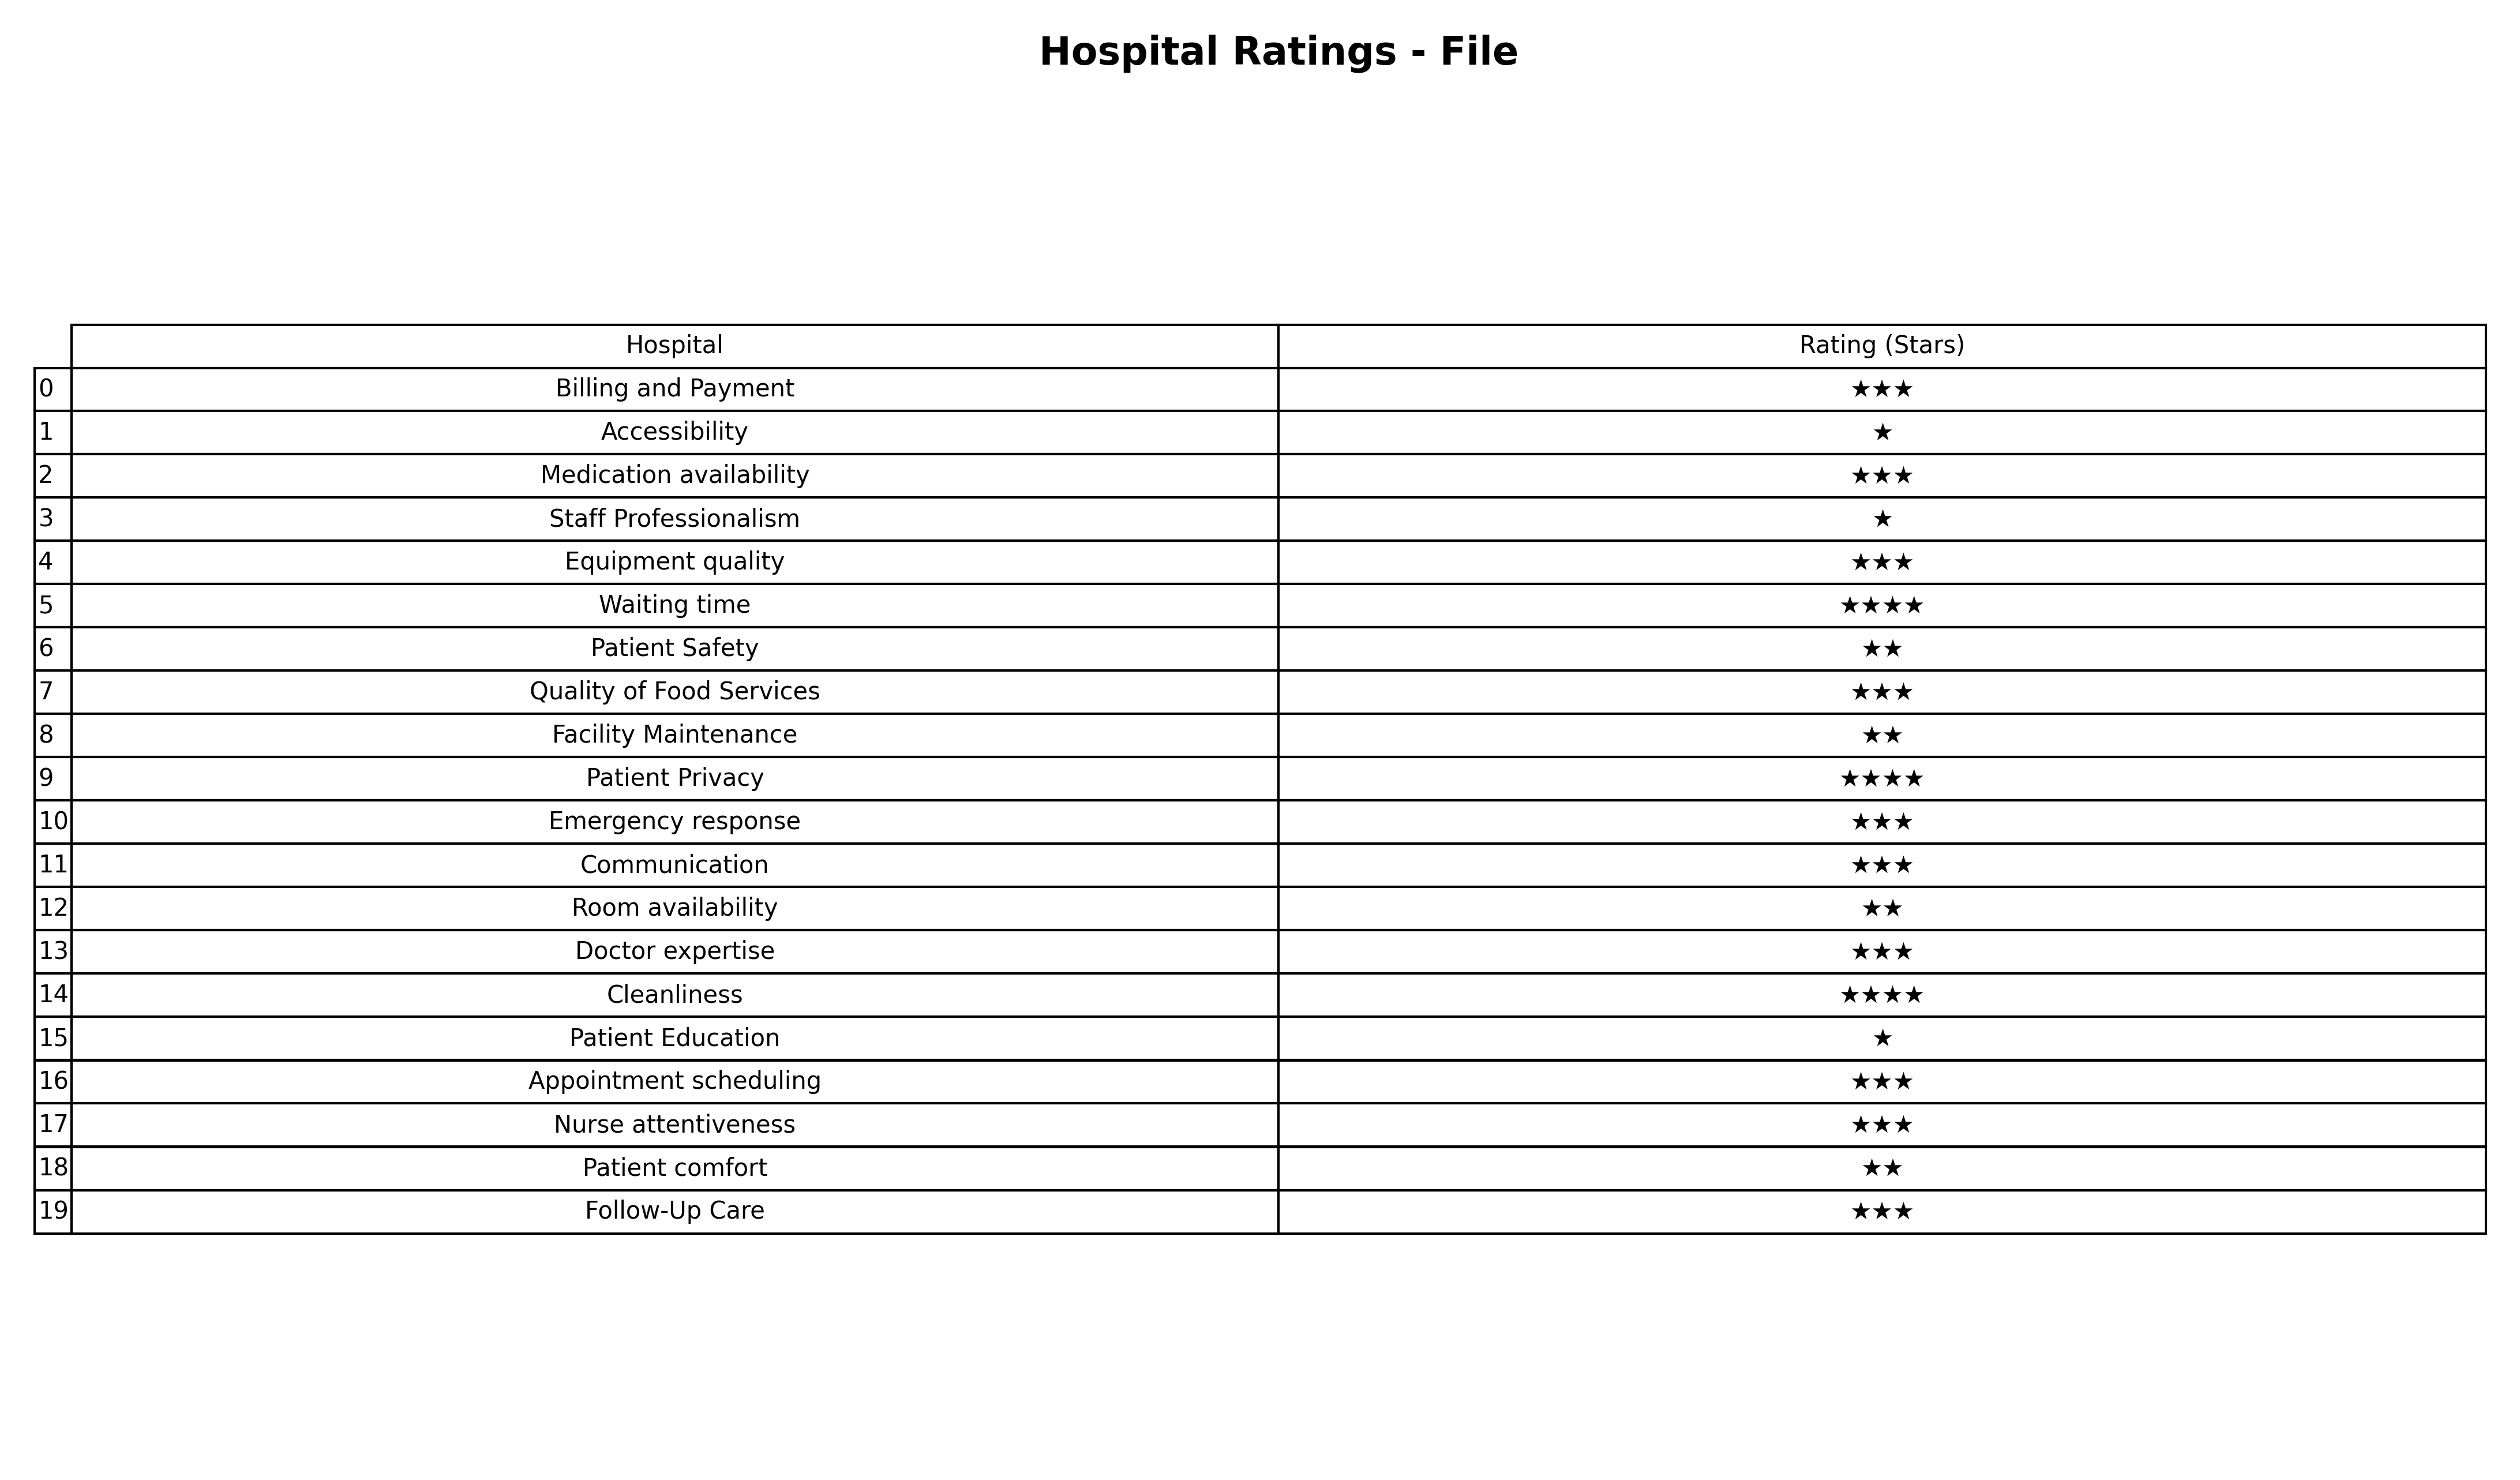
question: What are two star services?
answer: Patient SafetyFacility MaintenanceRoom availabilityPatient comfort